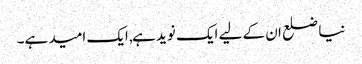
نیا ضلع ان کے لیے ایک نوید ہے, ایک امید ہے۔